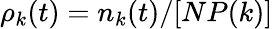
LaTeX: \rho_{k}(t)=n_{k}(t)/[NP(k)]